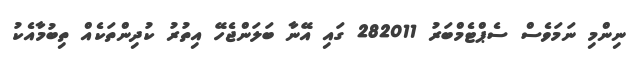
ނިންމި ނަމަވެސް ސެޕްޓެމްބަރު 282011 ގައި އޭނާ ބަލަންޖެހޭ އިތުރު ކުދިންތަކެއް ތިބުމާއެކު